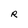
Character: R